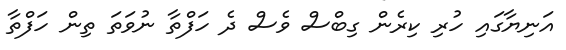
އަނިޔާގައި ހުރި ކިރެން ގިބްސް ވެސް ދެ ހަފްތާ ނުވަތަ ތިން ހަފްތާ